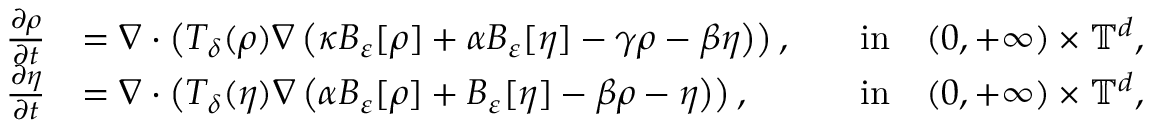
\begin{array} { r l r l } { \frac { \partial \rho } { \partial t } } & { = \nabla \cdot \left( T _ { \delta } ( \rho ) \nabla \left( \kappa B _ { \varepsilon } [ \rho ] + \alpha B _ { \varepsilon } [ \eta ] - \gamma \rho - \beta \eta \right) \right) , } & & { \mathrm { i n } \quad ( 0 , + \infty ) \times \mathbb { T } ^ { d } , } \\ { \frac { \partial \eta } { \partial t } } & { = \nabla \cdot \left( T _ { \delta } ( \eta ) \nabla \left( \alpha B _ { \varepsilon } [ \rho ] + B _ { \varepsilon } [ \eta ] - \beta \rho - \eta \right) \right) , } & & { \mathrm { i n } \quad ( 0 , + \infty ) \times \mathbb { T } ^ { d } , } \end{array}